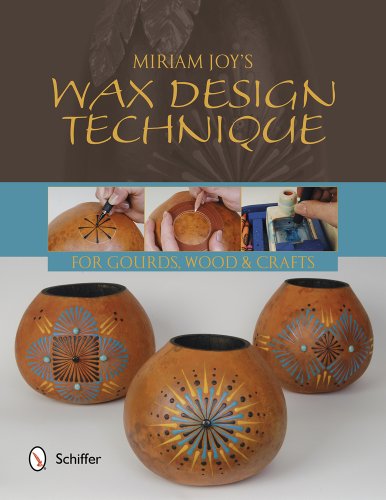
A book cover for Miriam Joy's Wax Design Techniques; Miriam Joy; Crafts, Hobbies & Home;